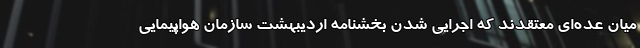
میان عده‌ای معتقدند که اجرایی شدن بخشنامه اردیبهشت سازمان هواپیمایی